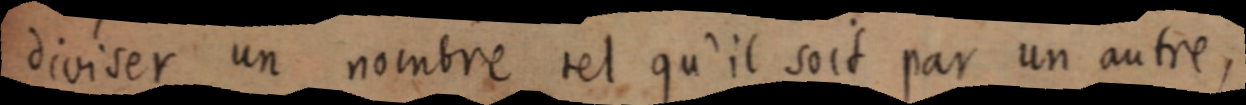
diviser un nombre tel qu’il soit par un autre,